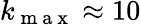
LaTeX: k_{\mathrm{~m~a~x~}}\approx 10